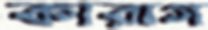
কারাগ